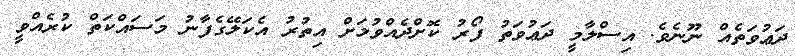
ދަޢުވަތެއް ނޫނެވެ. އިސްލާމީ ދަޢުވަތު ފޯރު ކޮށްދެއްވުމަށް އިތުރު އެކަލޭގެފާނު މަސައްކަތް ކުރެއްވީ